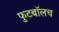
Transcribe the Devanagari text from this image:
फुटबाॅलच